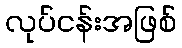
လုပ်ငန်းအဖြစ်